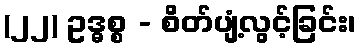
(၂၂) ဥဒ္ဓစ္စ - စိတ်ပျံ့လွင့်ခြင်း၊